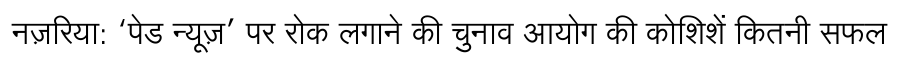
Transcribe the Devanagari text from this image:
नज़रिया: ‘पेड न्यूज़’ पर रोक लगाने की चुनाव आयोग की कोशिशें कितनी सफल